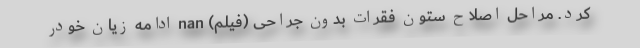
کرد. مراحل اصلاح ستون فقرات بدون جراحی (فیلم) nan ادامه زیان خودر